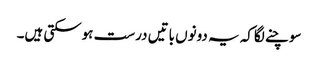
سوچنے لگاکہ یہ دونوں باتیں درست ہوسکتی ہیں۔